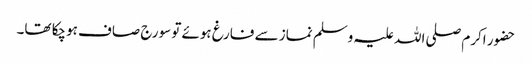
حضور اکرم صلی اللہ علیہ وسلم نماز سے فارغ ہوئے تو سورج صاف ہوچکا تھا۔